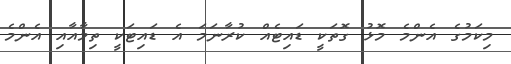
މިކަމުގެ އެންމެ މޮޅު ގޮތަކީ ޑައިޓެއް ކުރާނަމަ އެ ޑައިޓަކީ ތިމާއާއި އެންމެ